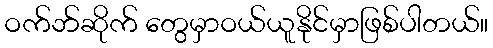
ဝက်ဘ်ဆိုက် တွေမှာဝယ်ယူနိုင်မှာဖြစ်ပါတယ်။